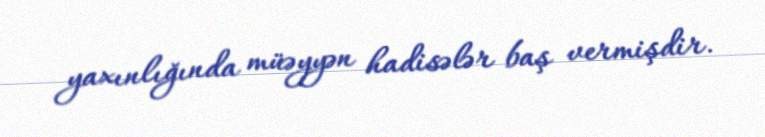
yaxınlığında müəyyən hadisələr baş vermişdir.